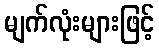
မျက်လုံးများဖြင့်